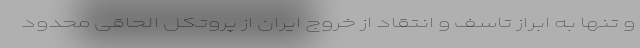
و تنها به ابراز تاسف و انتقاد از خروج ایران از پروتکل الحاقی محدود